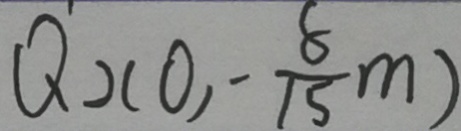
Q _ { 2 } ( 0 , - \frac { 8 } { 1 5 } m )